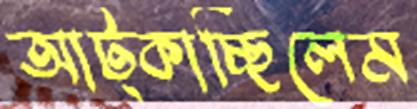
আট্‌কাচ্ছিলেম